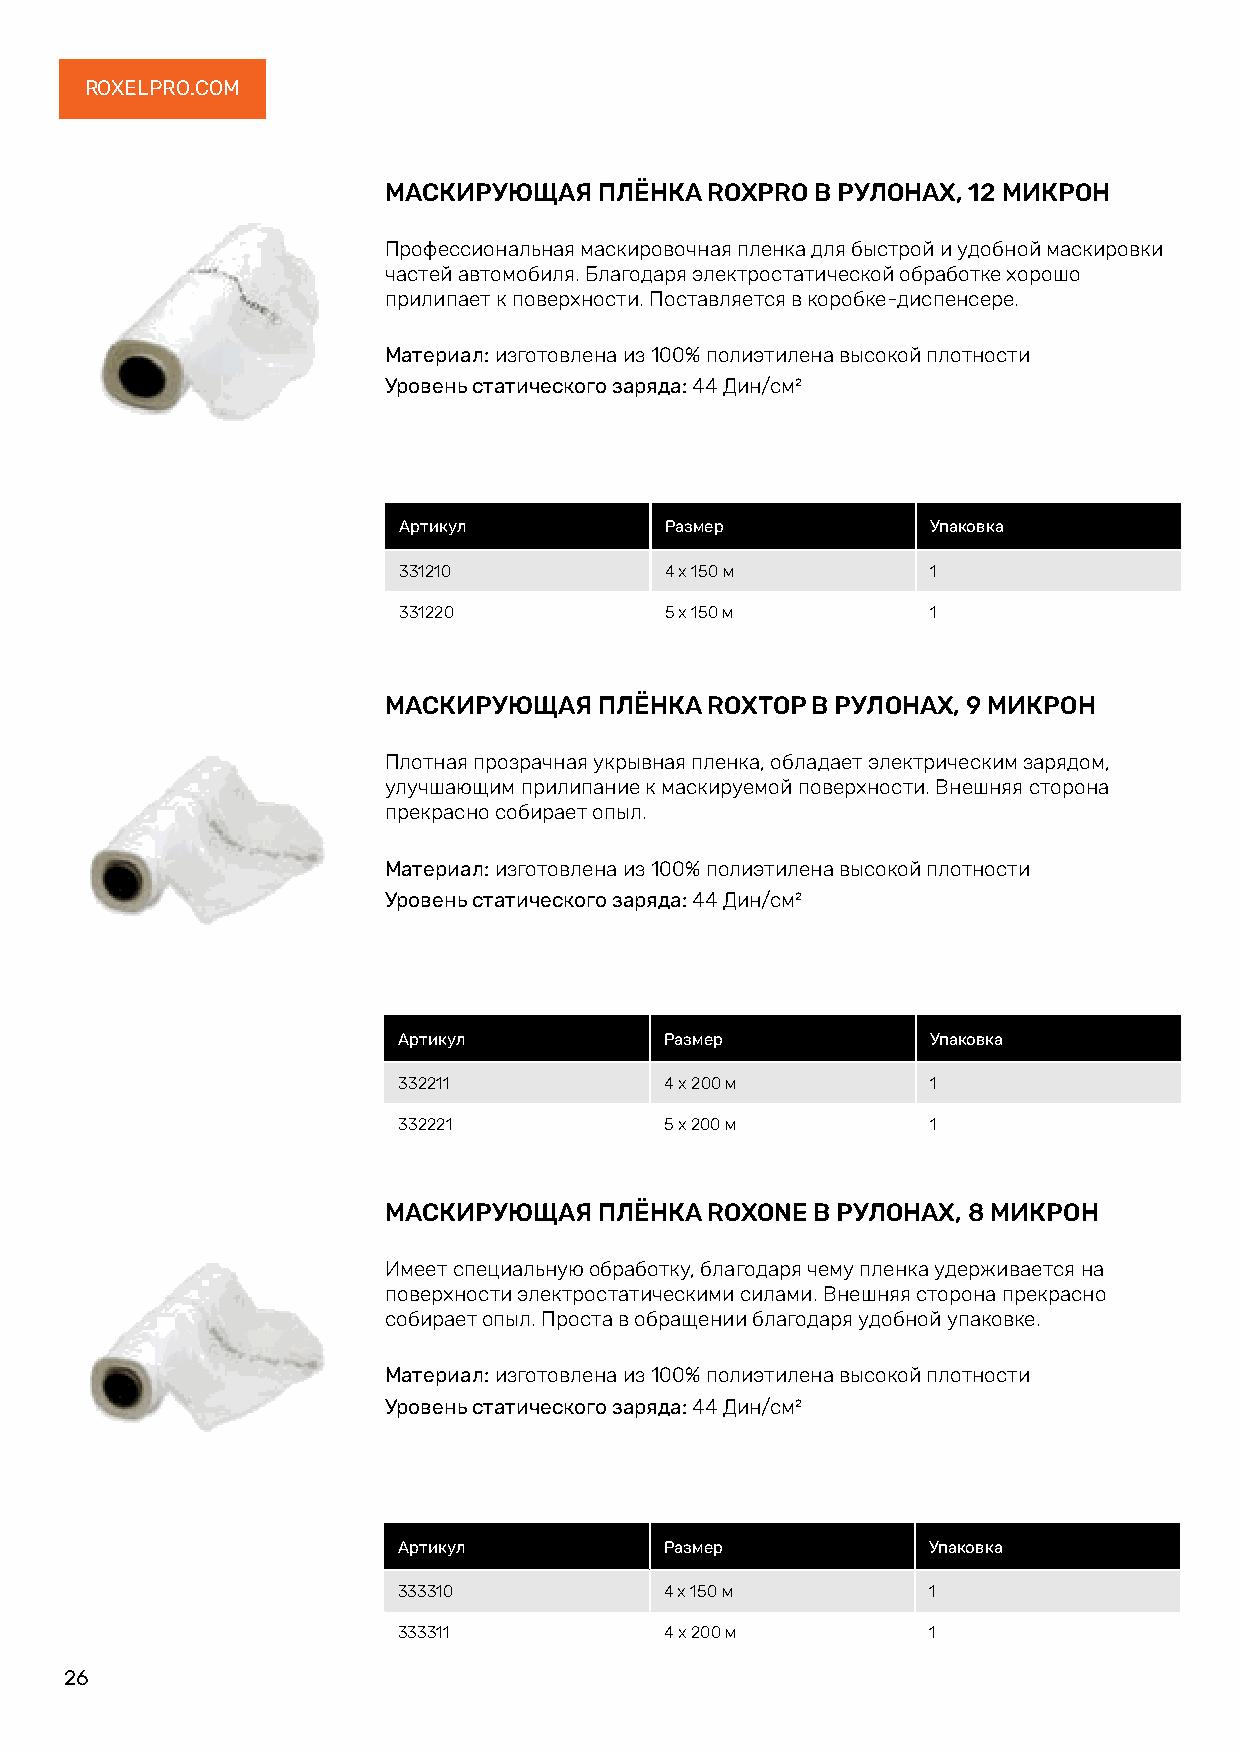
ROXELPRO.COM
 МАСКИРУЮЩАЯ    ПЛЁНКА ROXPRO В РУЛОНАХ, 12 МИКРОН
 Профессиональная маскировочная пленка для быстрой и удобной маскировки
 частей автомобиля. Благодаря электростатической обработке хорошо
 прилипает к поверхности. Поставляется в коробке-диспенсере.
 Материал: изготовлена из 100% полиэтилена высокой плотности
 Уровень статического заряда: 44 Дин/см²
 Артикул           Размер            Упаковка
 331210            4 х 150 м         1
 331220            5 х 150 м         1
 МАСКИРУЮЩАЯ    ПЛЁНКА ROXTOP В РУЛОНАХ, 9 МИКРОН
 Плотная прозрачная укрывная пленка, обладает электрическим зарядом,
 улучшающим прилипание к маскируемой поверхности. Внешняя сторона
 прекрасно собирает опыл.
 Материал: изготовлена из 100% полиэтилена высокой плотности
 Уровень статического заряда: 44 Дин/см²
 Артикул           Размер            Упаковка
 332211            4 х 200 м         1
 332221            5 х 200 м         1
 МАСКИРУЮЩАЯ    ПЛЁНКА ROXONE В РУЛОНАХ, 8 МИКРОН
 Имеет специальную обработку, благодаря чему пленка удерживается на
 поверхности электростатическими силами. Внешняя сторона прекрасно
 собирает опыл. Проста в обращении благодаря удобной упаковке.
 Материал: изготовлена из 100% полиэтилена высокой плотности
 Уровень статического заряда: 44 Дин/см²
 Артикул           Размер           Упаковка
 333310            4 х 150 м        1
 333311            4 х 200 м        1
 26